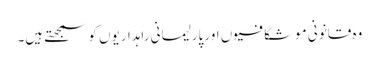
وہ قانونی موشگافیوں اور پارلیمانی راہداریوں کو سمجھتے ہیں۔